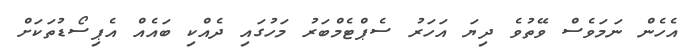
އެހެން ނަމަވެސް ވޭތުވެ ދިޔަ އަހަރު ސެޕްޓެމްބަރު މަހުގައި ދެއްކި ބައެއް އެޕިސޯޑުތަކަށް